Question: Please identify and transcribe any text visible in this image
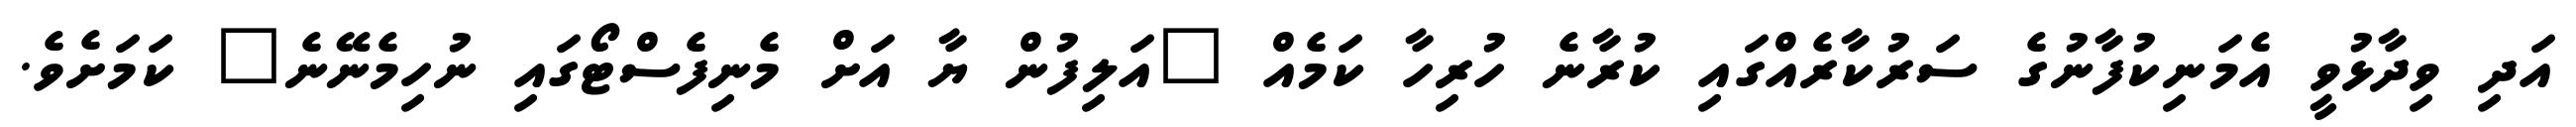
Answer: އަދި ވިދާޅުވީ އެމަނިކުފާނުގެ ސަރުކާރެއްގައި ކުރާނެ ހުރިހާ ކަމެއް "އަލިފުން ޔާ އަށް މެނިފެސްޓޯގައި ނުހިމެނޭނެ" ކަމަށެވެ.